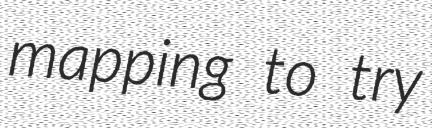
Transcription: mapping to try